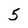
Character: 5